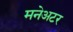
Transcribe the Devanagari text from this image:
मनेअटर